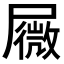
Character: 𰎆